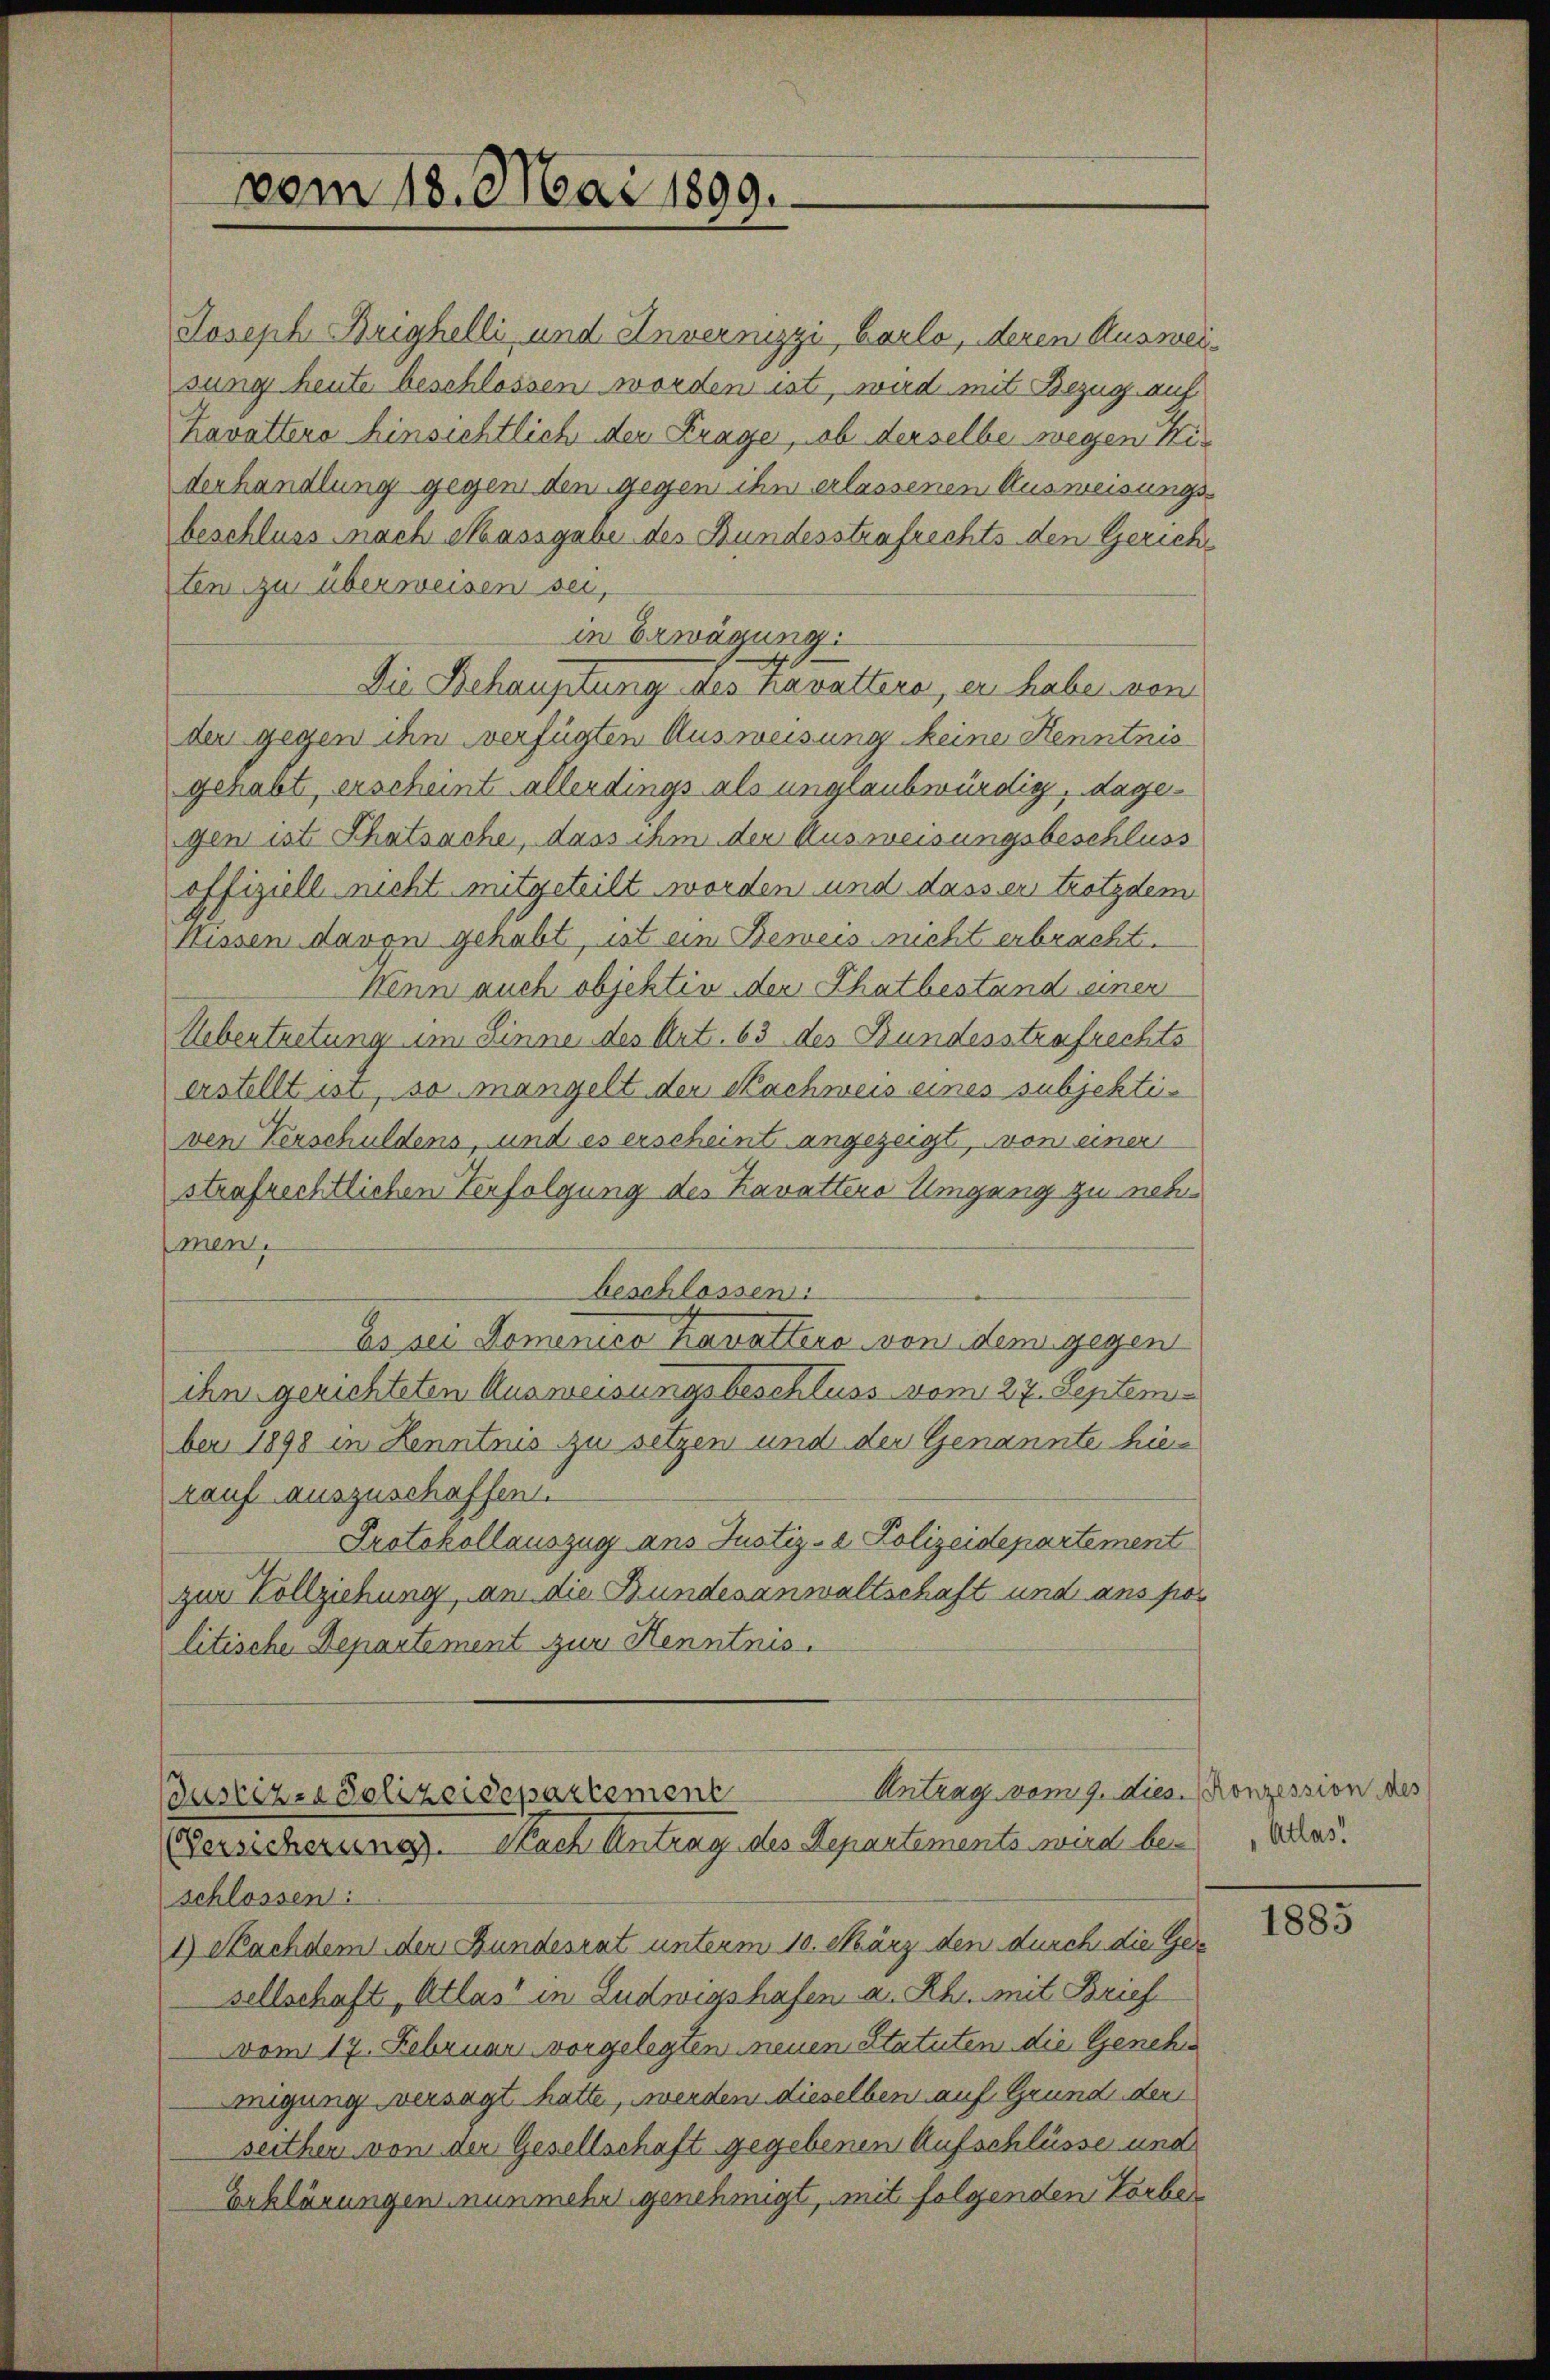
vom 18. Mai 1899.

Joseph Brighelli, und Anvermizzi, Barlo, deren Ausweisung heute beschlossen worden ist, wird mit Bezug auf
havattene hinsichtlich der Frage, ob derselbe wegen Kir
derhandlung gegen den gegen ihn erlassenen Ausweisungsbeschluss nach Massgabe des Bundesstrafrechts den Gericht
ten zu überweisen sei,
in Erwägung:
Die Behauptung des Kavattera, er haben von
der gegen ihm verfügten Ausweisung keine Kenntnis
gehabt, erscheint allerdings als unglaubwürdig, dagegen ist Schatsache, dass ihm der Ausweisungsbeschluss
offiziell nicht mitgeteilt worden und dass er trotzdem
Hissen davon gehabt, ist ein Beweis nicht erbracht.
Wenn auch objektiv der Thatbestand einen
Uebertretung im Linne des Art. 63 des Bundesstrafrechts
erstellt ist, so mangelt der Nachweis eines subjektiven Verschuldens, und es erscheint angezeigt, von einer
strafrechtlichen Verfolgung des Kavatters Umgang zu neh
men.
beschlossen:
Es sei Domenico Kavattero von dem gegen
ihn gerichteten Ausweisungsbeschluss vom 27. September 1898 in Kenntnis zu setzen und der Genannte hierauf auszuschaffen.
Protokollauszug ans Justiz- & Polizeidepartement
zur Vollziehung, an die Bundesanwaltschaft und ans por
litische Departement zur Kenntnis.

schlossen:
1) Nachdem den Bundesrat unterm 10. März den durch die Gesellschaft, Atlas in Ludwigshafen a. Rh. mit Brief
vom 17. Februar vorgelegten neuen Statuten die Genehm
migung versagt hatte, werden dieselben auf Grund der
seither von der Gesellschaft gegebenen Aufschlüsse und
Erklärungen nunmehr genehmigt, mit folgenden Vorber

Antrag vom 9. dies. Konzession des
Justizen Polizeidepartement
Versicherung. Nach Antrag des Departements wird bei

Atlas.

1883